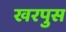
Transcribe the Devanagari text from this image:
खरपुस